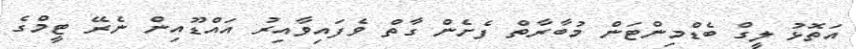
އަތޮޅު ލީގް ބެޑްމިންޓަން މުބާރާތް ފެށެން ގާތް ވެފައިވާއިރު އައްޑޫއިން ނެރޭ ޓީމްގެ